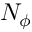
N _ { \phi }